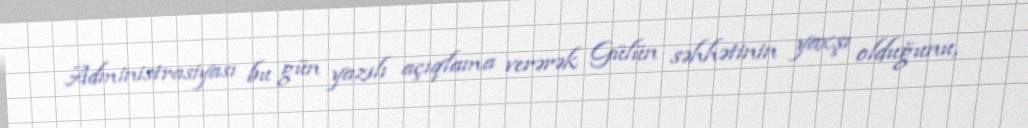
Administrasiyası bu gün yazılı açıqlama verərək Gülün səhhətinin yaxşı olduğunu,